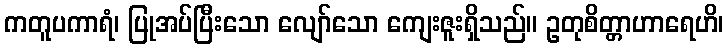
ကတူပကာရံ၊ ပြုအပ်ပြီးသော လျော်သော ကျေးဇူးရှိသည်။ ဥတုစိတ္တာဟာရေဟိ၊